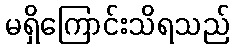
မရှိကြောင်းသိရသည်